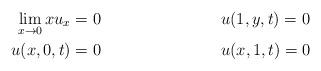
LaTeX: \begin{align*}\lim_{x\rightarrow 0} xu_x &= 0 &&u(1,y,t) = 0\\u(x,0,t) &= 0 &&u(x,1,t) = 0\end{align*}